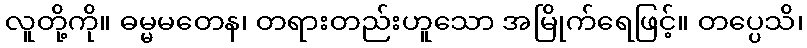
လူတို့ကို။ ဓမ္မမတေန၊ တရားတည်းဟူသော အမြိုက်ရေဖြင့်။ တပ္ပေသိ၊